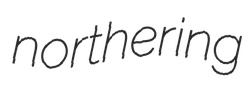
northering